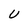
Character: U